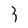
Character: 3